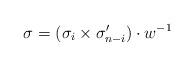
LaTeX: \begin{align*} \sigma =(\sigma_i\times\sigma'_{n-i})\cdot w^{-1} \end{align*}